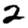
Digit: 2